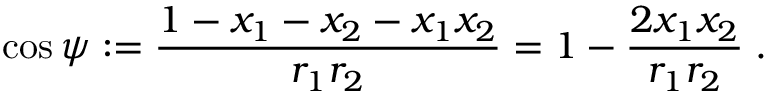
\cos \psi : = \frac { 1 - x _ { 1 } - x _ { 2 } - x _ { 1 } x _ { 2 } } { r _ { 1 } r _ { 2 } } = 1 - \frac { 2 x _ { 1 } x _ { 2 } } { r _ { 1 } r _ { 2 } } \; .